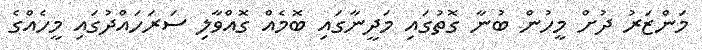
މަންޒަރު ދުށް މީހުން ބުނާ ގޮތުގައި މަދީނާގައި ބޮމެއް ގޮއްވާލި ސަރަހައްދުގައި މީހެއްގެ